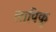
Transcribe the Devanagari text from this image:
लापिकु